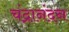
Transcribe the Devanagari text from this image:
चंद्रानंदन